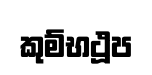
කුම්භථූප